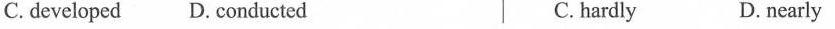
C. developed D. conducted C. hardly D. nearly